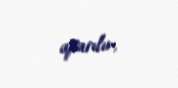
aparılır.